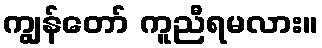
ကျွန်တော် ကူညီရမလား။